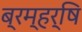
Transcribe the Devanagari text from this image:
ब्रम्हर्षि